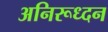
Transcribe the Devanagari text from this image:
अनिरूध्दन